Document type: Sale
Year: 1423
Scribe: Joan Franc
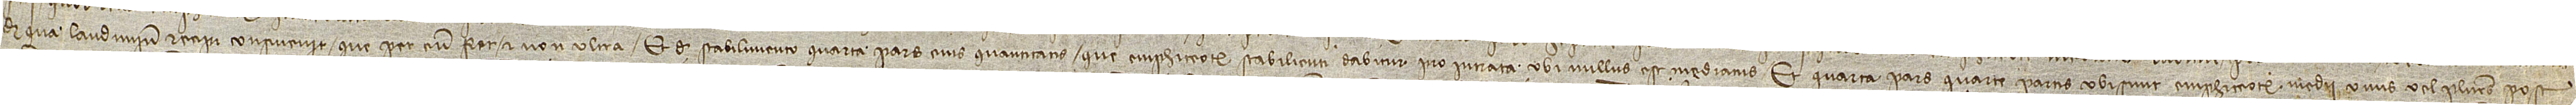
de qua laudimium recipi consuevit que per eum fiet, et non ultra; et de stabilimento quarta pars eius quantitatis que emphiteote stabilienti dabitur pro intrata ubi nullus est mediatus; et quarta pars quarte partis ubi sunt emphiteote medii unus vel plures post